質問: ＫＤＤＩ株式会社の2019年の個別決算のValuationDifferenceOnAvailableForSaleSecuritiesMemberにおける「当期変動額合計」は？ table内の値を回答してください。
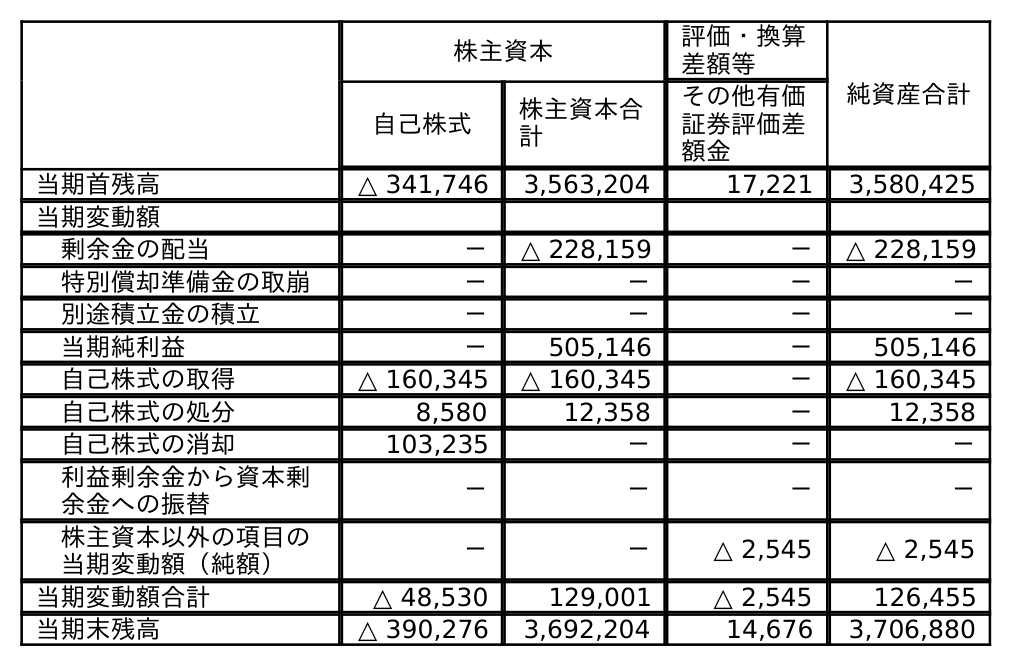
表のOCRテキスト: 株主資本 評価・換算 差額等 純資産合計 自己株式 株主資本合 計 その他有価 証券評価差 額金 当期首残高 △ 341,746 3,563,204 17,221 3,580,425 当期変動額 剰余金の配当 － △ 228,159 － △ 228,159 特別償却準備金の取崩 － － － － 別途積立金の積立 － － － － 当期純利益 － 505,146 － 505,146 自己株式の取得 △ 160,345 △ 160,345 － △ 160,345 自己株式の処分 8,580 12,358 － 12,358 自己株式の消却 103,235 － － － 利益剰余金から資本剰 余金への振替 － － － － 株主資本以外の項目の 当期変動額（純額） － － △ 2,545 △ 2,545 当期変動額合計 △ 48,530 129,001 △ 2,545 126,455 当期末残高 △ 390,276 3,692,204 14,676 3,706,880
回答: △2,545